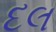
દલ